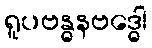
ရူပဗန္ဓနဗဒ္ဓေါ